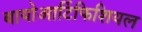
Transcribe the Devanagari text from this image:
बायोआर्टिफिशियल